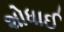
શોધાઈ